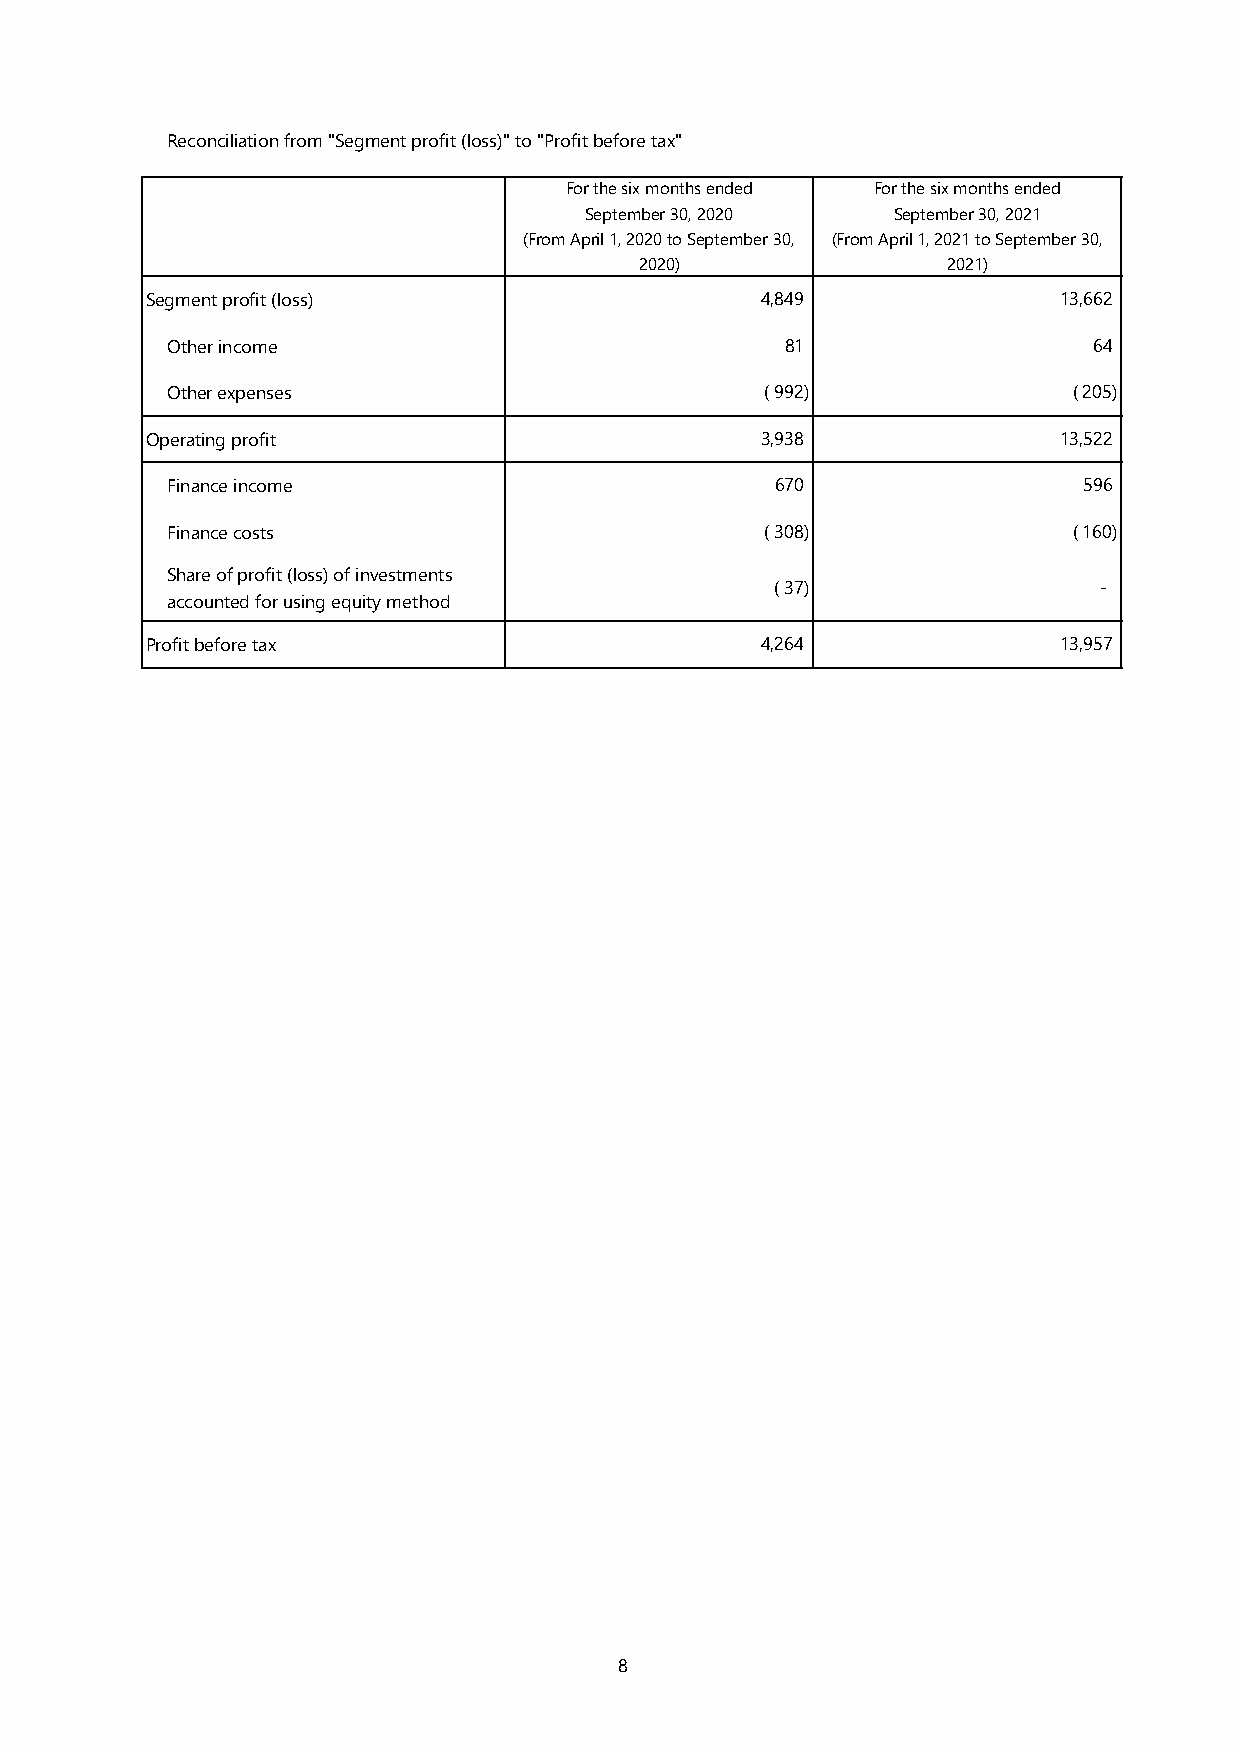
Reconciliation from "Segment profit (loss)" to "Profit before tax"
 For the six months ended For the six months ended
 September 30, 2020  September 30, 2021
 (From April 1, 2020 to September 30, (From April 1, 2021 to September 30,
 2020)                2021)
 Segment profit (loss)                   4,849               13,662
 Other income                             81                  64
 Other expenses                          ( 992)              ( 205)
 Operating profit                        3,938               13,522
 Finance income                          670                  596
 Finance costs                           ( 308)              ( 160)
 Share of profit (loss) of investments
 ( 37)                 -
 accounted for using equity method
 Profit before tax                       4,264               13,957
 8